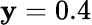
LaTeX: \mathbf{y}=0.4